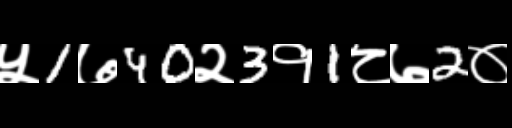
Text: ५1७40२3१1८७2०